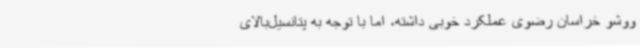
ووشو خراسان رضوی عملکرد خوبی داشته، اما با توجه به پتانسیل‌بالای